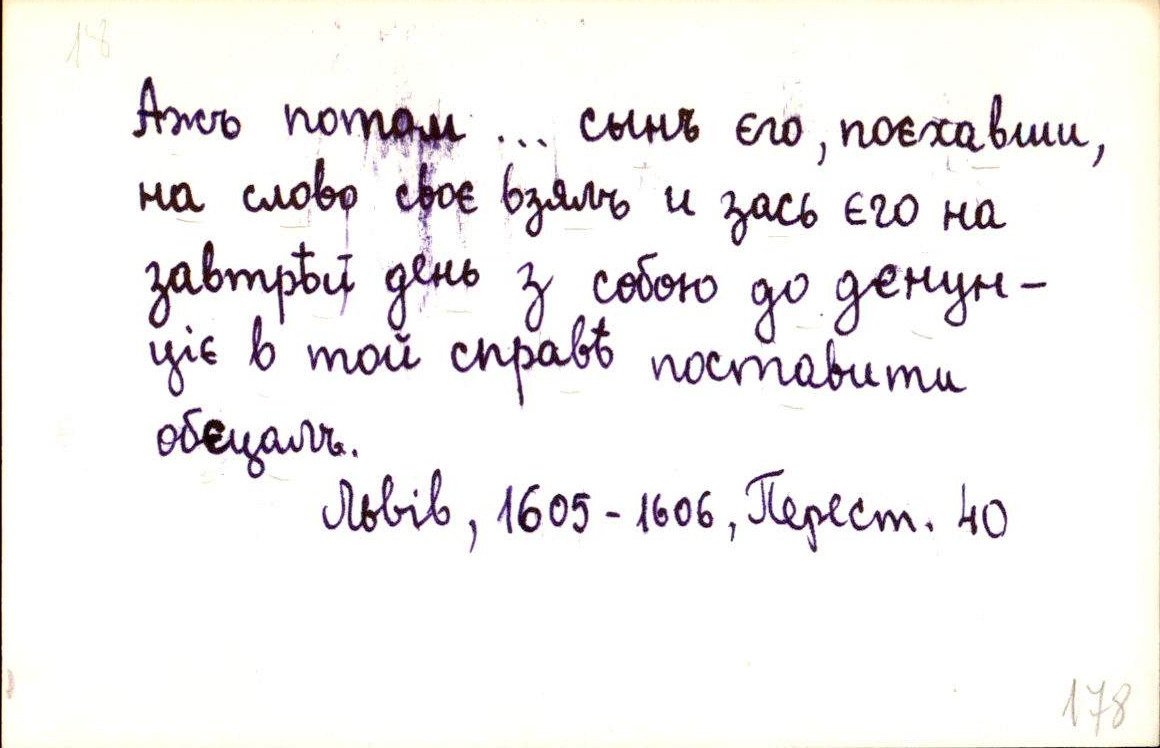
Ажъ потом ... сынъ єго, поєхавши,
на слово своє взялъ и зась єго на
завтрѣй день з собою до денун-
ціє в той справѣ поставити
обєцалъ.
Львів, 1605-1606, Перест. 40